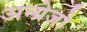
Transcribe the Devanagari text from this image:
अन्ग्रेजो